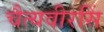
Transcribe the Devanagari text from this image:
चैत्यवीरसिं